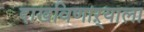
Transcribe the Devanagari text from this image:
दाखविणाऱ्याला